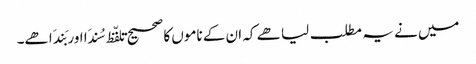
میں نے یہ مطلب لیا ھے کہ ان کے ناموں کا صحیح تلفّظ سُندَا اور بَندَا ھے۔